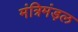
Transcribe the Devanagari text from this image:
मंत्रिमंड़ल